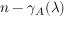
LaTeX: n - \gamma _ { A } ( \lambda )